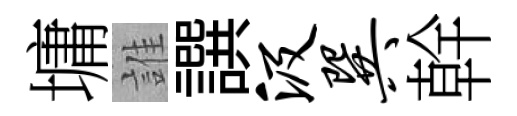
墉誰譔汲巽幹